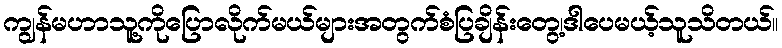
ကျွန်မဟာသူ့ကိုပြောလိုက်မယ်များအတွက်စံပြချိန်းတွေ့၊ဒါပေမယ့်သူသိတယ်။